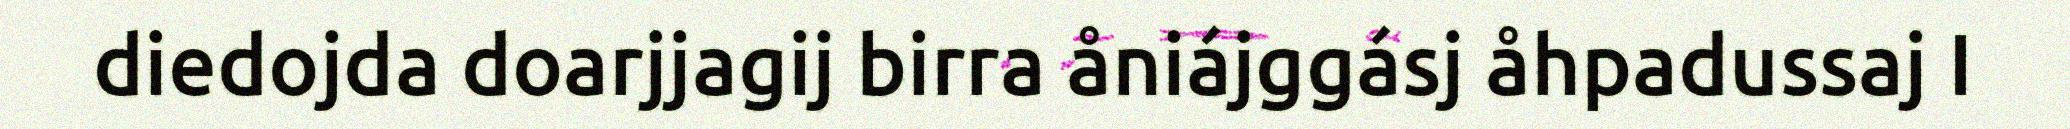
diedojda doarjjagij birra åniájggásj åhpadussaj I